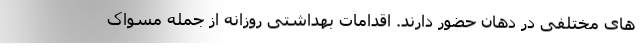
های مختلفی در دهان حضور دارند. اقدامات بهداشتی روزانه از جمله مسواک